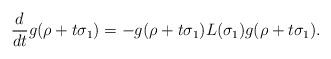
LaTeX: \begin{align*}\frac{d}{dt}g(\rho+t\sigma_1)=-g(\rho+t\sigma_1)L(\sigma_1)g(\rho+t\sigma_1).\end{align*}